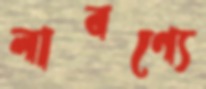
লাবণ্যে